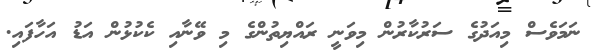
ނަމަވެސް މިއަދުގެ ސަރުކާރުން މިވަނީ ރައްޔިތުންގެ މި ވޭނާއި ކެކުޅުން އަޑު އަހާފައި.